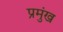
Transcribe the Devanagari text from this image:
प्रमुंख